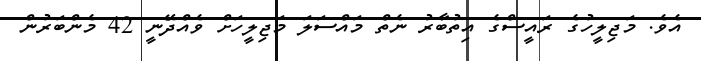
އެވެ. މަޖިލީހުގެ ރައީސްގެ އިތުބާރު ނެތް މައްސަލަ މަޖިލީހަށް ވެއްދޭނީ 42 މެންބަރުން